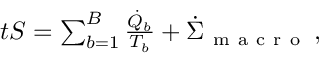
\begin{array} { r } { \d _ { t } S = \sum _ { b = 1 } ^ { B } \frac { \dot { Q } _ { b } } { T _ { b } } + \dot { \Sigma } _ { \mathrm { ~ m ~ a ~ c ~ r ~ o ~ } } \, , } \end{array}